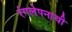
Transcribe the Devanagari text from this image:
रंगलेपनाची